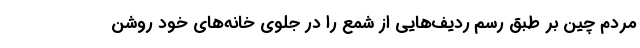
مردم چین بر طبق رسم ردیف‌هایی از شمع را در جلوی خانه‌های خود روشن